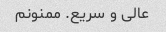
عالی و سریع. ممنونم